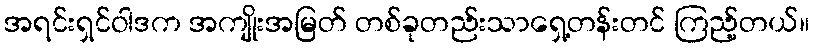
အရင်းရှင်ဝါဒက အကျိုးအမြတ် တစ်ခုတည်းသာရှေ့တန်းတင် ကြည့်တယ်။